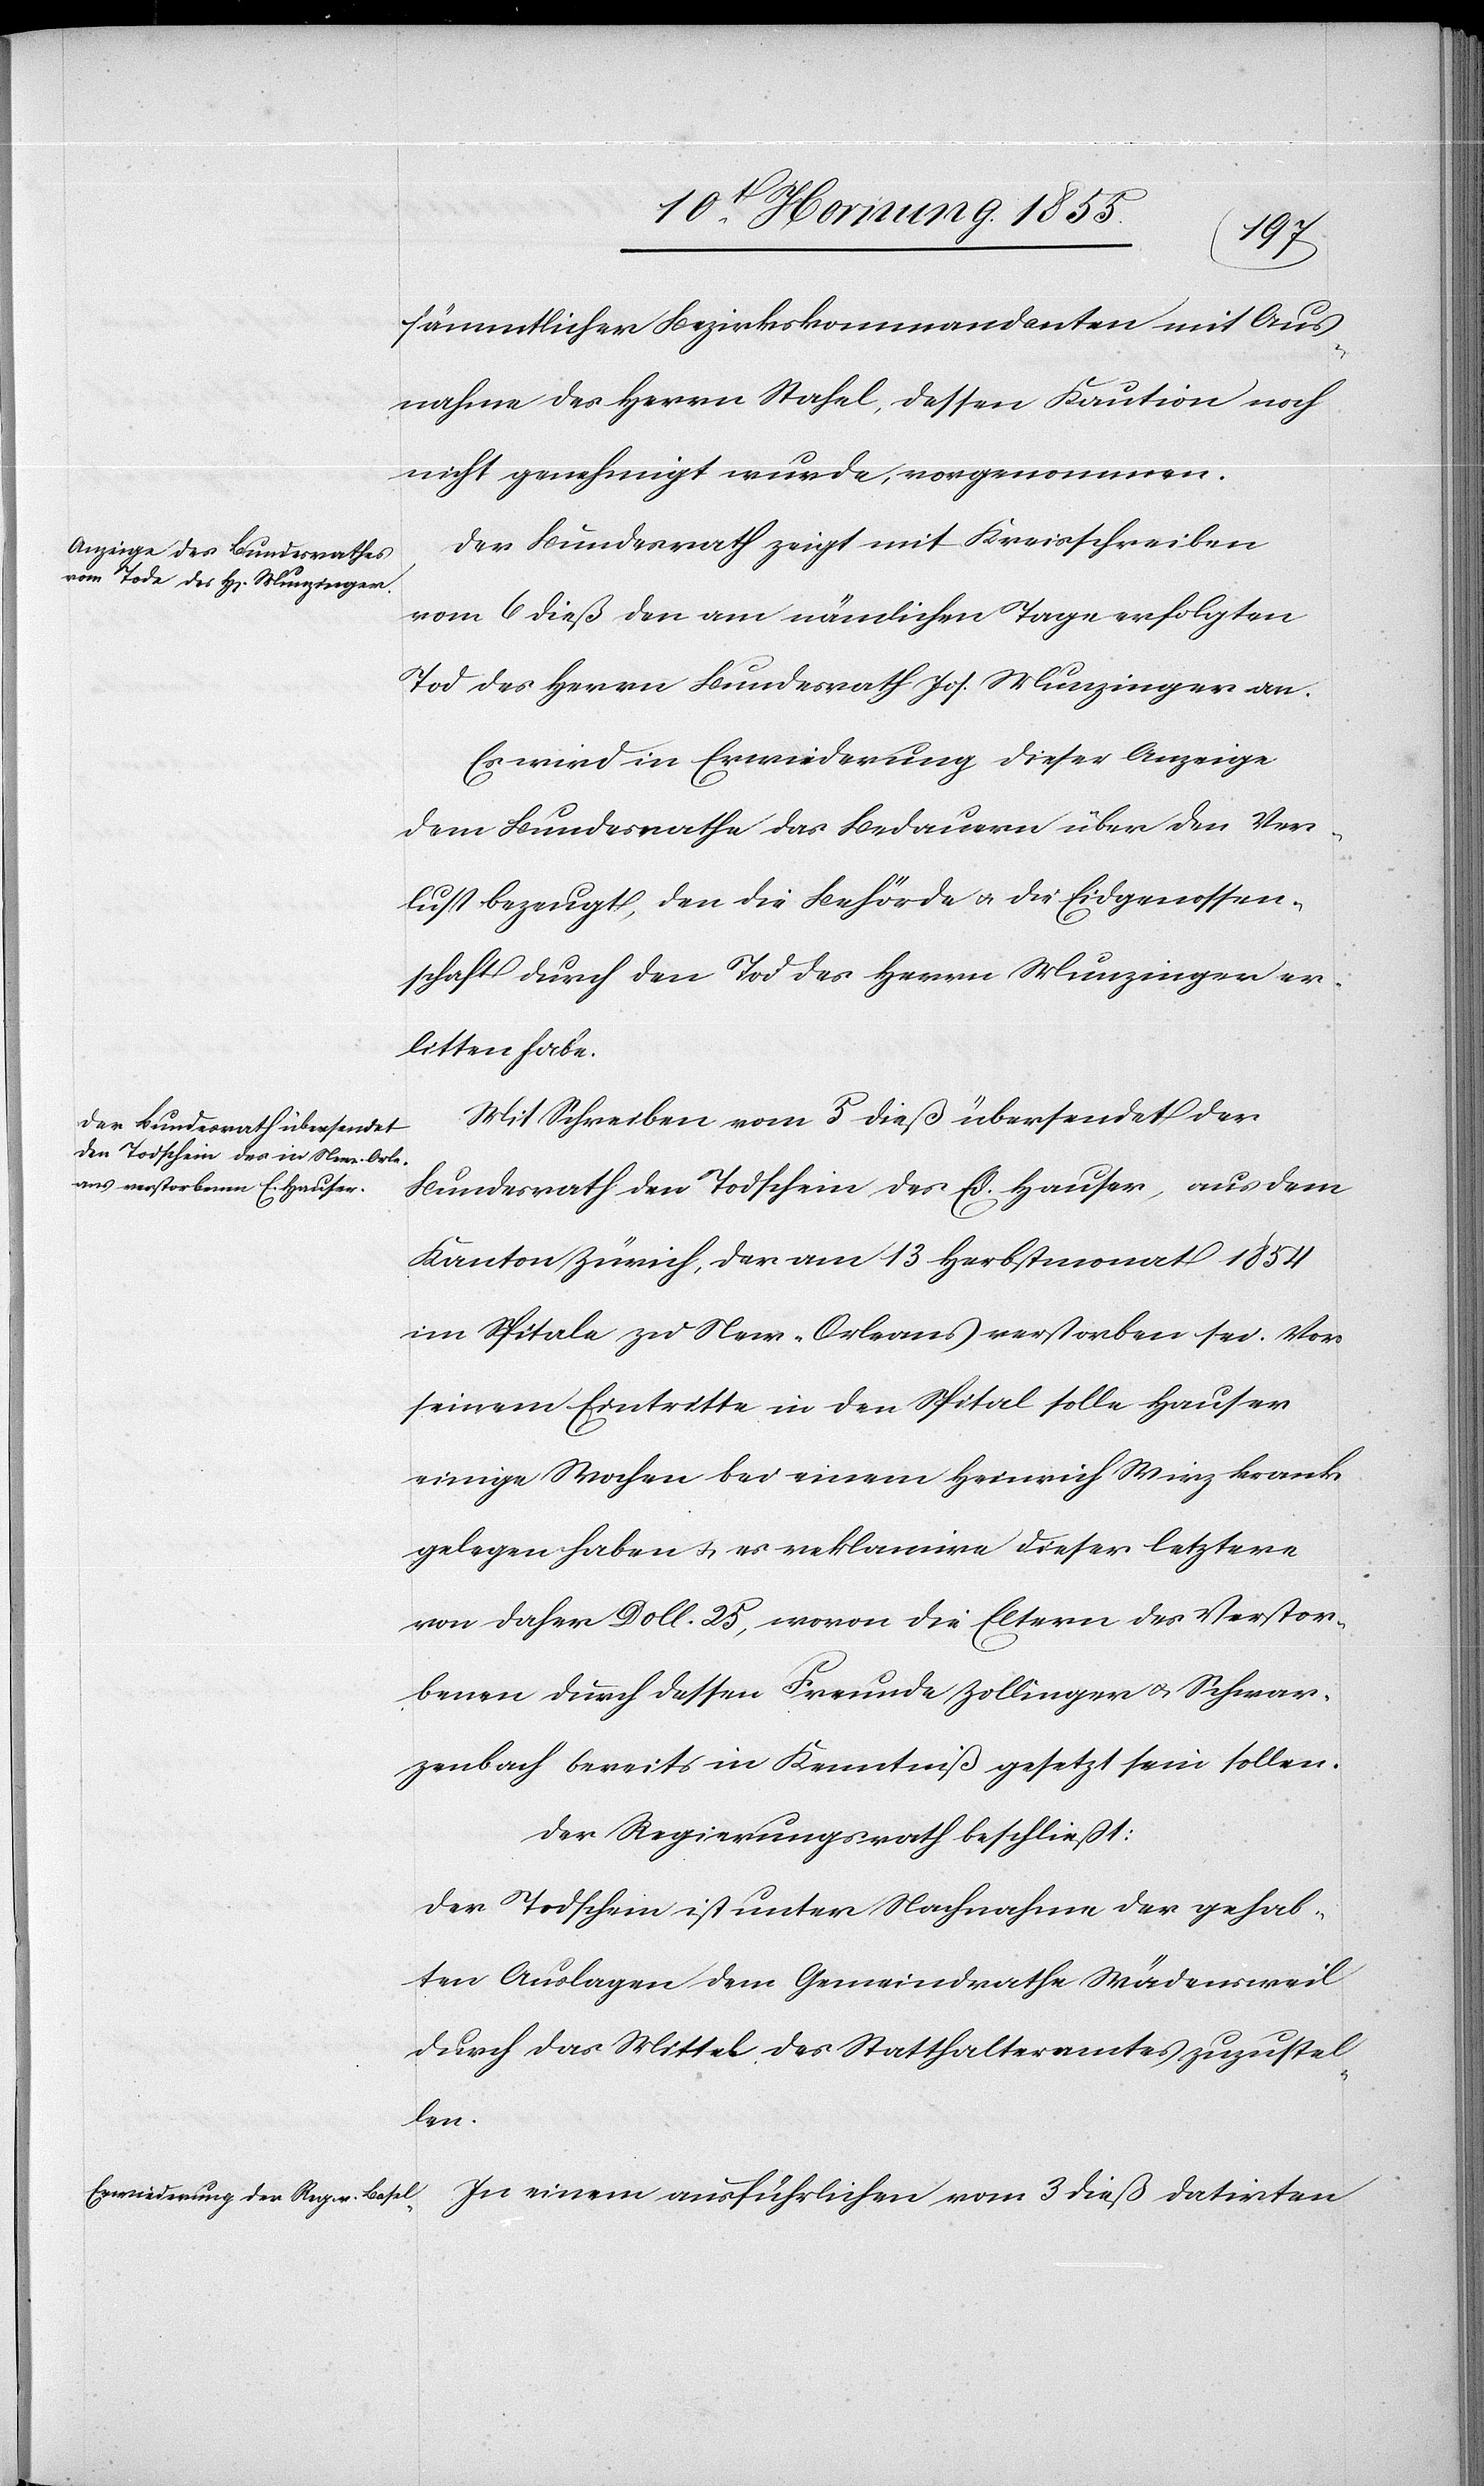
sämmtlicher Bezirkskommandanten mit Aus¬
nahme des Herrn Stahel, dessen Kaution noch
nicht genehmigt wurde, vorgenommen.
Der Bundesrath zeigt mit Kreisschreiben
vom 6 dieß den am nämlichen Tage erfolgten
Tod des Herrn Bundesrath Jos. Munzinger an.
Es wird in Erwiederung dieser Anzeige
dem Bundesrathe das Bedauern über den Ver¬
lust bezeugt, den die Behörde & die Eidgenossen¬
schaft durch den Tod des Herrn Munzinger er¬
litten habe.
Mit Schreiben vom 5 dieß übersendet der
Bundesrath den Todschein des Ed. Hauser, aus dem
Kanton Zürich, der am 13 Herbstmonat 1854
im Spitale zu New-Orleans verstorben sei. Vor
seinem Eintritte in den Spital solle Hauser
einige Wochen bei einem Heinrich Wirz krank
gelegen haben & es reklamire dieser letztere
von daher Doll. 25, wovon die Eltern des Verstor¬
benen durch dessen Freunde Zollinger & Schwar¬
zenbach bereits in Kenntniß gesetzt sein sollen.
Der Regierungsrath beschließt:
Der Todschein ist unter Nachnahme der gehab¬
ten Auslagen dem Gemeindrathe Wädensweil
durch das Mittel des Statthalteramtes zuzustel¬
len.
In einem ausführlichen vom 3 dieß datirten